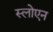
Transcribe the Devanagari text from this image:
स्लोएन